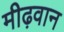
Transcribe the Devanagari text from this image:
मीढ़वान